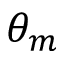
\theta _ { m }